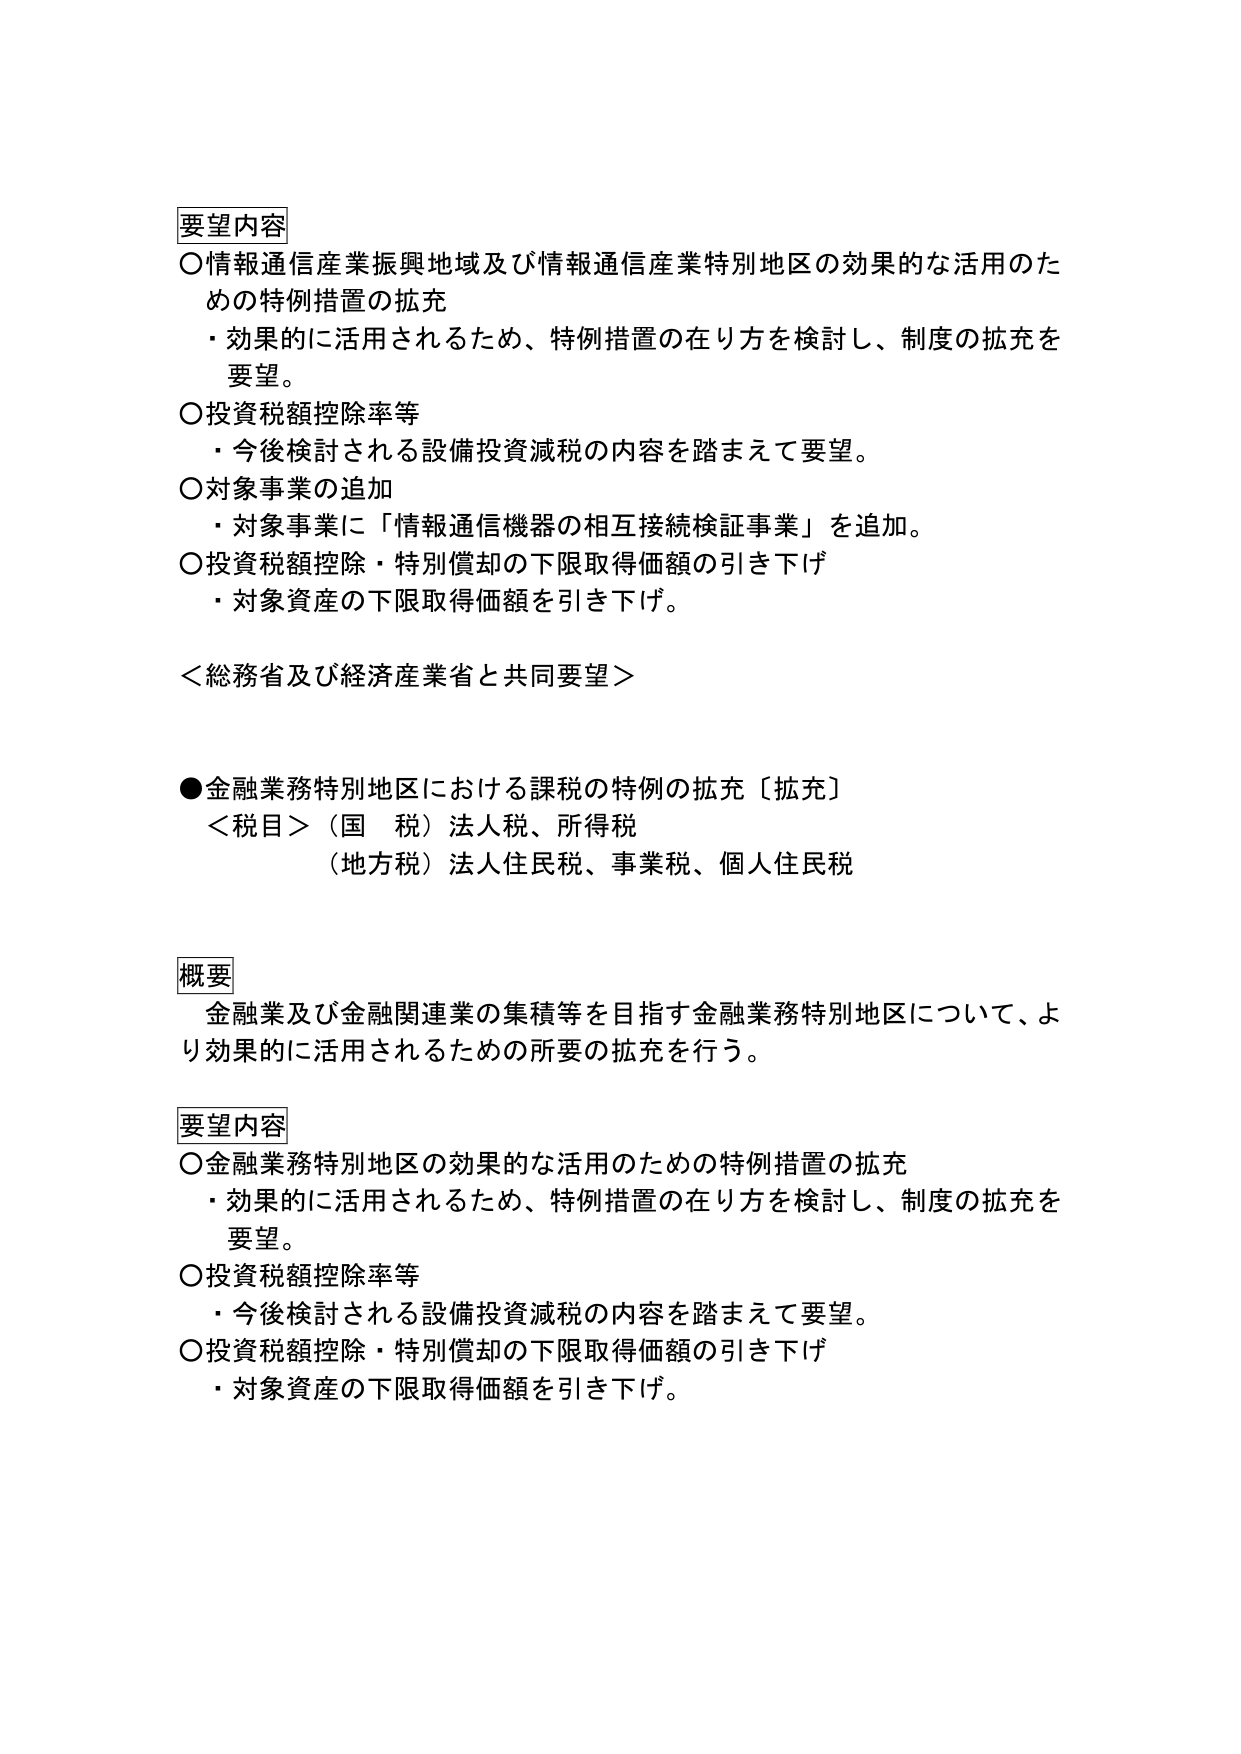
要望内容
○情報通信産業振興地域及び情報通信産業特別地区の効果的な活用のための特例措置の拡充
・効果的に活用されるため、特例措置の在り方を検討し、制度の拡充を要望。
○投資税額控除率等
・今後検討される設備投資減税の内容を踏まえて要望。
○対象事業の追加
・対象事業に「情報通信機器の相互接続検証事業」を追加。
○投資税額控除・特別償却の下限取得価額の引き下げ
・対象資産の下限取得価額を引き下げ。

＜総務省及び経済産業省と共同要望＞

●金融業務特別地区における課税の特例の拡充〔拡充〕
＜税目＞（国 税）法人税、所得税
（地方税）法人住民税、事業税、個人住民税

概要
金融業及び金融関連業の集積等を目指す金融業務特別地区について、より効果的に活用されるための所要の拡充を行う。

要望内容
○金融業務特別地区の効果的な活用のための特例措置の拡充
・効果的に活用されるため、特例措置の在り方を検討し、制度の拡充を要望。
○投資税額控除率等
・今後検討される設備投資減税の内容を踏まえて要望。
○投資税額控除・特別償却の下限取得価額の引き下げ
・対象資産の下限取得価額を引き下げ。